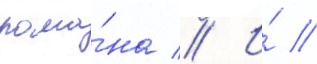
рома́на // И́ //